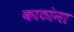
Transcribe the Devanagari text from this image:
काठांना